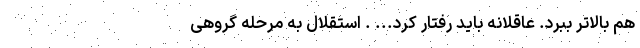
هم بالاتر ببرد. عاقلانه باید رفتار کرد... . استقلال به مرحله گروهی